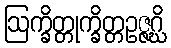
ဩက္ခိတ္တုက္ခိတ္တဥဇ္ဇဂ္ဃိ